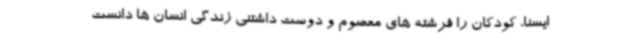
ایسنا، کودکان را فرشته های معصوم و دوست داشتنی زندگی انسان ها دانست